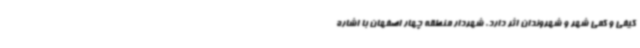
کیفی و کمی شهر و شهروندان اثر دارد. شهردار منطقه چهار اصفهان با اشاره